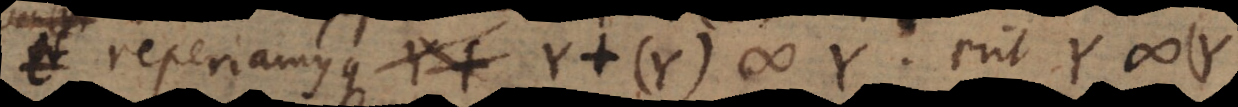
riamusque Y + (Y) # Y, erit Y #